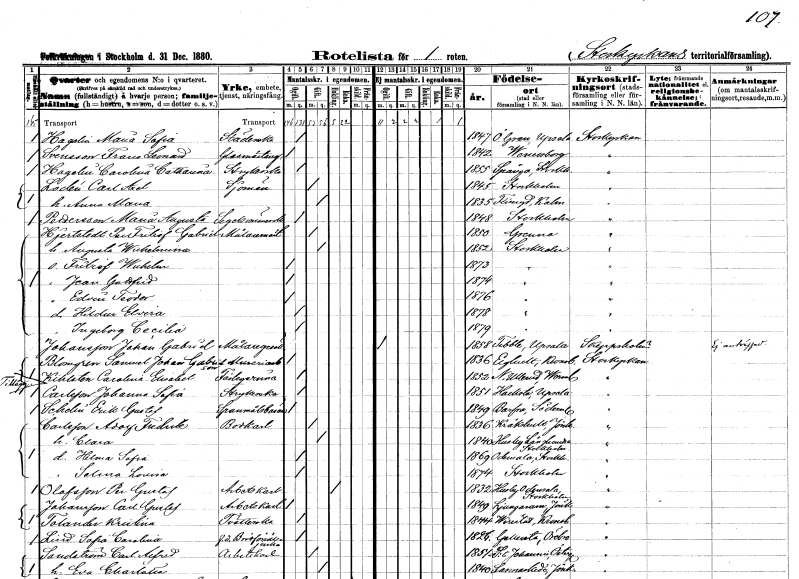
gt_parse: households: individuals: FN: Maria Sofia
EN: Hagelin
YRKE: Städerska
KON: K
CIV: O
FODAR: 1847
FODFORS: Övergran Uppsala län
FN: Frans Leonard
EN: Svensson
YRKE: Glasmästaregesäll
KON: M
CIV: O
FODAR: 1842
FODFORS: Vänersborg Älvsborgs län
FN: Carolina Catharina
EN: Hagelin
YRKE: Strykerska
KON: K
CIV: O
FODAR: 1855
FODFORS: Spånga Stockholms län
FN: Carl Axel
EN: Ladén
YRKE: Sjöman
KON: M
CIV: G
FODAR: 1845
FODFORS: Stockholm
FN: Anna Maria
KON: K
CIV: G
FODAR: 1835
FODFORS: Fliseryd Kalmar län
FN: Maria Augusta
EN: Pettersson
YRKE: Segelsömmerska
KON: K
CIV: O
FODAR: 1848
FODFORS: Stockholm
FN: Per Fritiof Gabriel
EN: Hjertstedt
YRKE: Målaregesäll
KON: M
CIV: G
FODAR: 1850
FODFORS: Gränna Jönköpings län
FN: Augusta Wilhelmina
KON: K
CIV: G
FODAR: 1852
FODFORS: Stockholm
FN: Fritiof Wilhelm
KON: M
CIV: O
FODAR: 1873
FODFORS: Stockholm
FN: Jean Gottfrid
KON: M
CIV: O
FODAR: 1874
FODFORS: Stockholm
FN: Edvin Teodor
KON: M
CIV: O
FODAR: 1876
FODFORS: Stockholm
FN: Hildur Elvira
KON: K
CIV: O
FODAR: 1878
FODFORS: Stockholm
FN: Ingeborg Cecilia
KON: K
CIV: O
FODAR: 1879
FODFORS: Stockholm
FN: Johan Gabriel
EN: Johansson
YRKE: Målaregesäll
KON: M
CIV: O
FODAR: 1858
FODFORS: Tibble Uppsala län
FN: Samuel Johan
EN: Blomgren Gabrielsson
YRKE: Mureriarbetare
KON: M
CIV: O
FODAR: 1836
FODFORS: Älghult Kronobergs län
FN: Carolina Elisabet
EN: Kihlstedt
KON: K
CIV: O
FODAR: 1852
FODFORS: Nedre Ullerud Värmlands län
FN: Johanna Sofia
EN: Carlsson
YRKE: Strykerska
KON: K
CIV: O
FODAR: 1851
FODFORS: Hacksta Uppsala län
FN: Erik Gustaf
EN: Schelin
YRKE: Spannmålsbärare
KON: M
CIV: O
FODAR: 1849
FODFORS: Barva Södermanlands län
FN: Adolf Fredrik
EN: Carlsson
YRKE: Bodkarl
KON: M
CIV: G
FODAR: 1836
FODFORS: Kråkshult Jönköpings län
FN: Clara
KON: K
CIV: G
FODAR: 1840
FODFORS: Husby-Långhundra Uppsala län
FN: Hilma Sofia
KON: K
CIV: O
FODAR: 1869
FODFORS: Odensala Stockholms län
FN: Selma Lovisa
KON: K
CIV: O
FODAR: 1874
FODFORS: Stockholm
FN: Per Gustaf
EN: Olofsson
YRKE: Arbetskarl
KON: M
CIV: E
FODAR: 1832
FODFORS: Odensala Stockholms län
FN: Carl Gustaf
EN: Johansson
YRKE: Arbetskarl
KON: M
CIV: O
FODAR: 1849
FODFORS: Ljungarum Jönköpings län
FN: Kristina
EN: Tolander
YRKE: Tvätterska
KON: K
CIV: O
FODAR: 1844
FODFORS: Virestad Kronobergs län